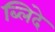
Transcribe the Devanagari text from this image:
ब्लिदे